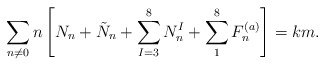
\begin{align*}\sum_{n \neq 0} n \left[ N_n + \tilde{N}_n + \sum_{I=3}^8 N_n^I + \sum_{1}^8 F^{(a)}_n \right] = k m.\end{align*}